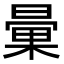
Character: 𣉰